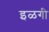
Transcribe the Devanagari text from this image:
इळगी